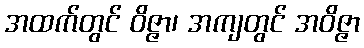
အထက်တွင် ဝိဇ္ဇာ၊ အကျတွင် အဝိဇ္ဇာ